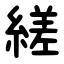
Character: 縒